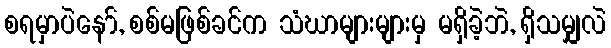
စရမှာပဲနော်, စစ်မဖြစ်ခင်က သံဃာများများမှ မရှိခဲ့ဘဲ, ရှိသမျှလဲ